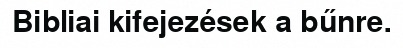
Bibliai kifejezések a bűnre.